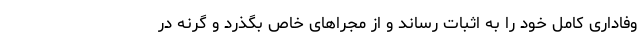
وفاداری کامل خود را به اثبات رساند و از مجراهای خاص بگذرد و گرنه در